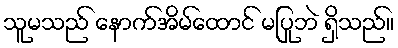
သူမသည် နောက်အိမ်ထောင် မပြုဘဲ ရှိသည်။